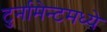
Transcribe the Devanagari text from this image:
टुर्नामेन्टमध्ये